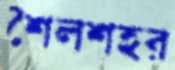
শৈলশহর